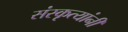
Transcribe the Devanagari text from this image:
संस्कृत्यांनी